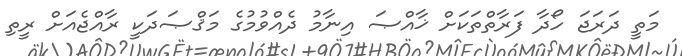
މަތީ ދަރަޖަ ހޯދާ ފަރާތްތަކަށް ޚާއްޞަ އިނާމު ދެއްވުމުގެ މަޤްޞަދަކީ ރާއްޖެއަށް ރީތި